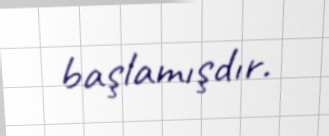
başlamışdır.